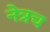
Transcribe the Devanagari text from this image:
नेत्रच